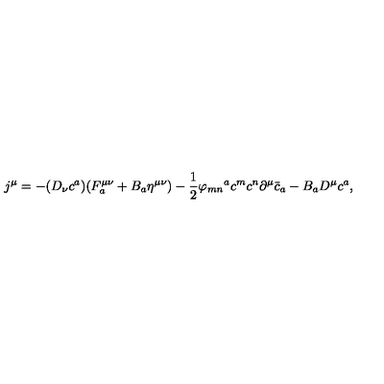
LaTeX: j ^ { \mu } = - ( D _ { \nu } c ^ { a } ) ( F _ { a } ^ { \mu \nu } + B _ { a } \eta ^ { \mu \nu } ) - \frac { 1 } { 2 } { \varphi _ { m n } } ^ { a } c ^ { m } c ^ { n } \partial ^ { \mu } { \bar { c } } _ { a } - B _ { a } D ^ { \mu } c ^ { a } ,